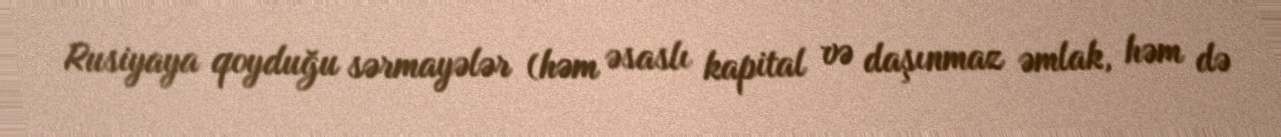
Rusiyaya qoyduğu sərmayələr (həm əsaslı kapital və daşınmaz əmlak, həm də